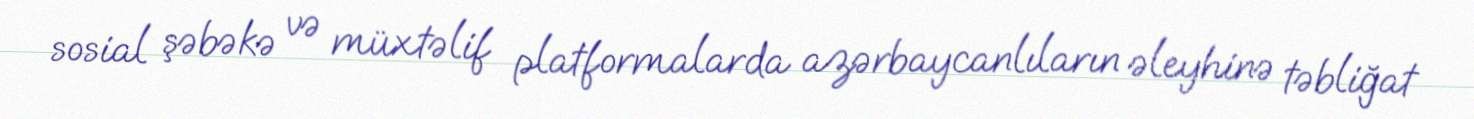
sosial şəbəkə və müxtəlif platformalarda azərbaycanlıların əleyhinə təbliğat